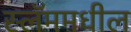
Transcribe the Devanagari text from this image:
स्लॅममधील